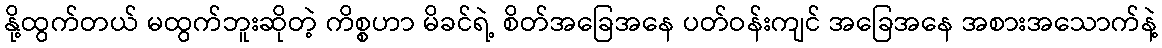
နို့ထွက်တယ် မထွက်ဘူးဆိုတဲ့ ကိစ္စဟာ မိခင်ရဲ့ စိတ်အခြေအနေ ပတ်ဝန်းကျင် အခြေအနေ အစားအသောက်နဲ့